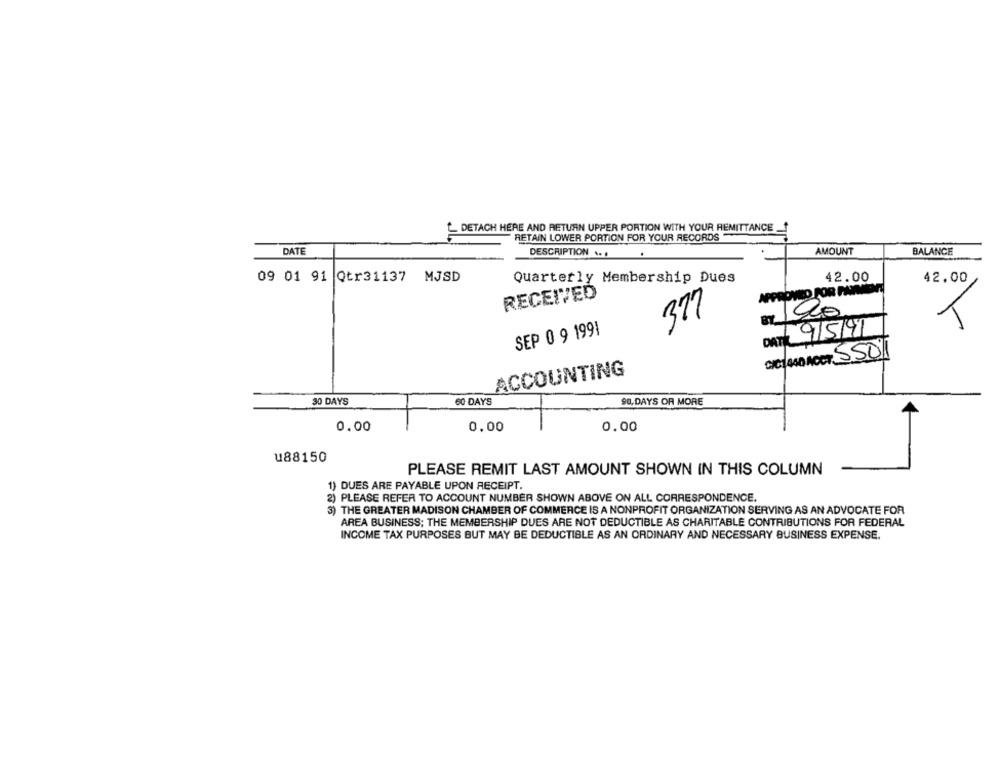
DETACH HERE AND RETURN UPPER PORTION WITH YOUR REMITTANCE_
RETAIN LOWER PORTION FOR YOUR RECORDS
DATE
AMOUNT
BALANCE
DESCRIPTION ..
09 01 91 Qtr31137 MJSD
Quarterly Membership Dues
42.00
42.00
RECEIVED
377
SEP 0 9 1991
DAT 9/5/91
CICHAAO ACCT SSO1
ACCOUNTING
30 DAYS
60 DAYS
90, DAYS OR MORE
0.00
0.00
0.00
u88150
PLEASE REMIT LAST AMOUNT SHOWN IN THIS COLUMN
1) DUES ARE PAYABLE UPON RECEIPT.
2) PLEASE REFER TO ACCOUNT NUMBER SHOWN ABOVE ON ALL CORRESPONDENCE.
3) THE GREATER MADISON CHAMBER OF COMMERCE IS A NONPROFIT ORGANIZATION SERVING AS AN ADVOCATE FOR
AREA BUSINESS; THE MEMBERSHIP DUES ARE NOT DEDUCTIBLE AS CHARITABLE CONTRIBUTIONS FOR FEDERAL
INCOME TAX PURPOSES BUT MAY BE DEDUCTIBLE AS AN ORDINARY AND NECESSARY BUSINESS EXPENSE.